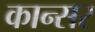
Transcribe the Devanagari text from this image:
कान्सर